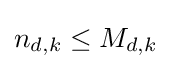
n_{d,k}\leq M_{d,k}